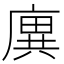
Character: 廙